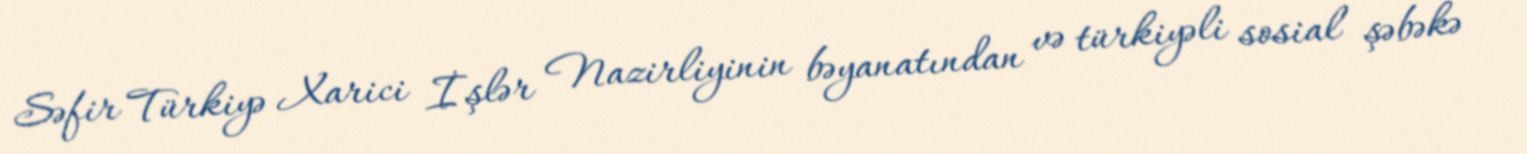
Səfir Türkiyə Xarici İşlər Nazirliyinin bəyanatından və türkiyəli sosial şəbəkə